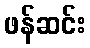
ဖန်ဆင်း